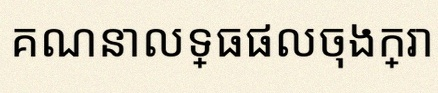
គណនាលទ្ធផលចុងក្រោយ